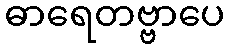
ဓာရေတဗ္ဗာပေ